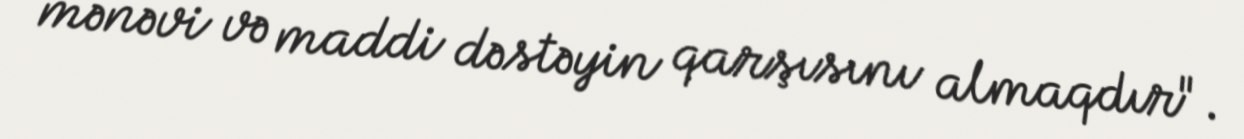
mənəvi və maddi dəstəyin qarşısını almaqdır".